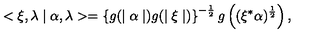
< \xi , \lambda \mid \alpha , \lambda > = \left\{ g ( \mid \alpha \mid ) g ( \mid \xi \mid ) \right\} ^ { - \frac { 1 } { 2 } } g \left( ( \xi ^ { * } \alpha ) ^ { \frac { 1 } { 2 } } \right) ,